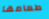
طعامها